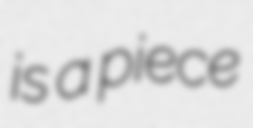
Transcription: is a piece